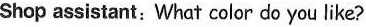
Shop assistant: What color do you like?